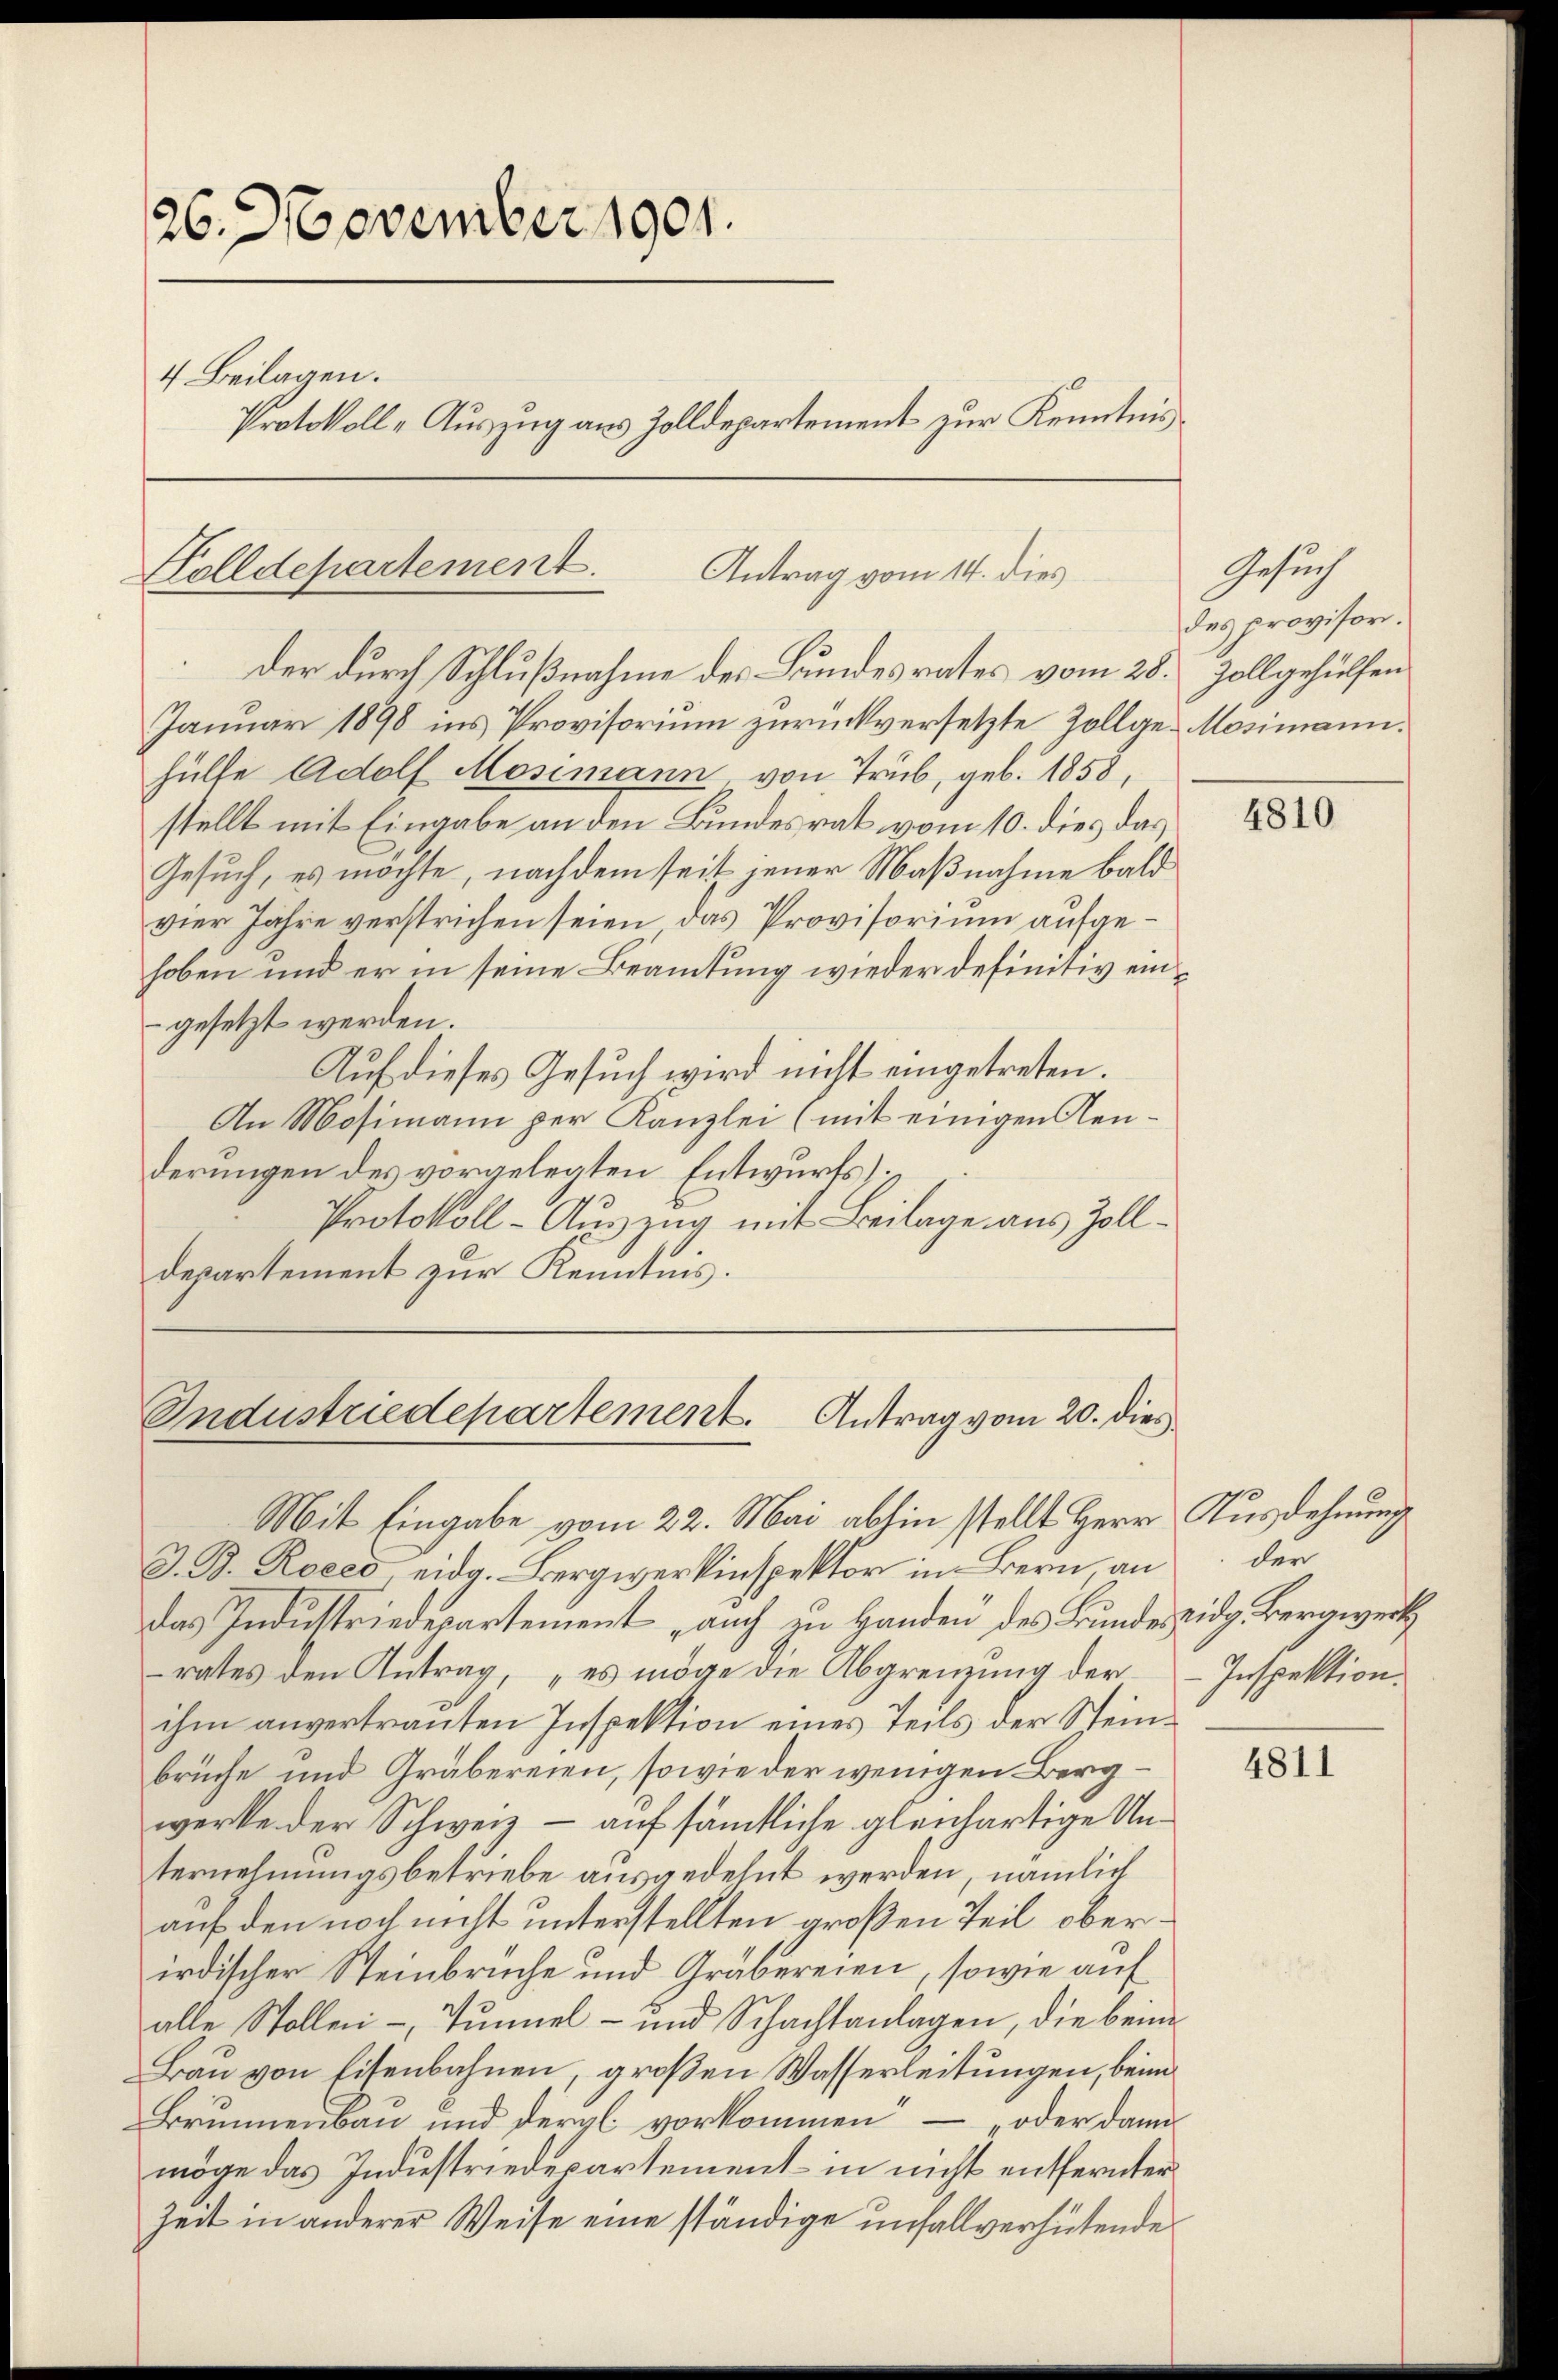
26. November 1901.
4 Beilagen.
Protokoll-Auszug aus Zolldepartement zur Kenntnis

Holldepartement.
Antrag vom 14. dies
der durch Schlußnahme des Bundesrates vom 28. Zollgehülfen

Januar 1898 ins Provisorium zurückversetzte Zollge-Mosimann.
hülfe Adolf Mosimann von Trüb, geb. 1858,
stellt mit Eingabe an den Bundesrat vom 10. dies das
Gesuch, es möchte, nachdem seit jener Maßnahme bald
vier Jahre verstrichen seien das Provisorium aufgehoben und er in seine Beamtung wieder definitiv eingesetzt werden.
Auf dieses Gesuch wird nicht eingetreten.
An Mosimann per Kanzlei (mit einigen Aenderungen des vorgelegten Entwurfs
Protokoll-Auszug mit Beilage aus Zolldepartement zur Kenntnis.

Industriedepartement. Antrag vom 20. dies
Mit Eingabe vom 22. Mai abhin stellt Herr Ausdehnung

J. B. Roees, eidg. Bergwerkinspektor im Bern, an
das Industriedepartement auch in Handen des Bundes eidg. Bergwerk
rates den Antrag, „es möge die Abgrenzung der
ihm anvertrauten Inspektion eines Teils der Steinbrüche und Gräbereien, sowie der wenigen Bergwerke der Schweiz - auf sämtliche gleichartige Unternehmungsbetriebe ausgedehnt werden, nämlich
auf den noch nicht unterstellten großen Teil oberirdischer Steinbrüche und Gräbereien, sowie auf
alle Stollen -, Tunnel- und Schachtanlagen, die beim
Baŭ von Eisenbahnen, großen Wasserleitungen, beim
Brunnenbau und dergl. vorkommen – oder dann
möge das Industriedepartement in nicht entfernter
Zeit in anderer Weise eine ständige unfallverhütende

Gesuch
des provisor.

4810

der
Inspektion.

4811